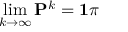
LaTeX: \operatorname* { l i m } _ { k \rightarrow \infty } \mathbf { P } ^ { k } = \mathbf { 1 } \pi